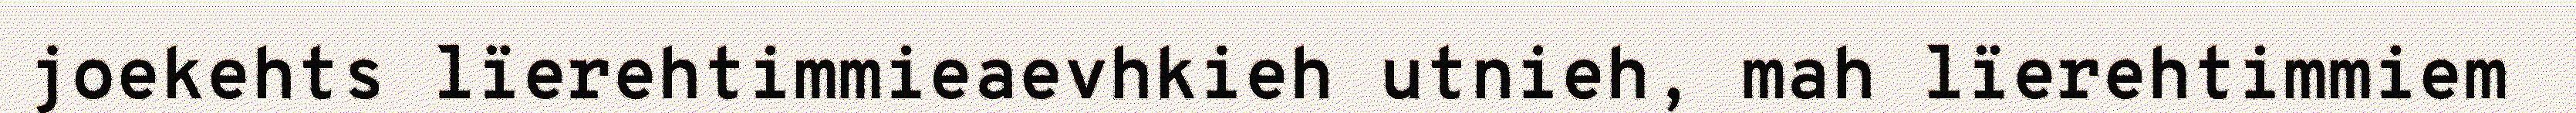
joekehts lïerehtimmieaevhkieh utnieh, mah lïerehtimmiem